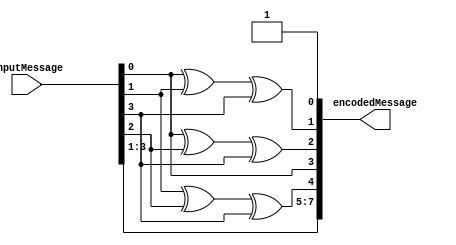
`timescale 1ns / 1ps
//////////////////////////////////////////////////////////////////////////////////
// Company: 
// Engineer: 
// 
// Design Name: 
// Module Name: hamming_encode
// Project Name: 
// Target Devices: 
// Tool Versions: 
// Description: 
// 
// Dependencies: 
// 
// Revision:
// Revision 0.01 - File Created
// Additional Comments:
// 
//////////////////////////////////////////////////////////////////////////////////


module hamming_encode(
    input [3:0] inputMessage,
    output [7:0] encodedMessage
    );
    
    // parity bits at index 1, 2, 4. start bit at index 0
    assign encodedMessage[0] = 1;
    assign encodedMessage[1] = inputMessage[0] ^ inputMessage[1] ^ inputMessage[3]; //1
    assign encodedMessage[2] = inputMessage[0] ^ inputMessage[2] ^ inputMessage[3]; //2
    assign encodedMessage[3] = inputMessage[0]; //3 -011
    assign encodedMessage[4] = inputMessage[1] ^ inputMessage[2] ^ inputMessage[3]; //4
    assign encodedMessage[5] = inputMessage[1]; //5 -101
    assign encodedMessage[6] = inputMessage[2]; //6 -110
    assign encodedMessage[7] = inputMessage[3]; //7 -111
    
    
endmodule